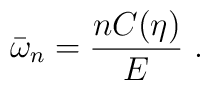
\bar{\omega}_{n} = \frac{n C(\eta)}{E}\ .